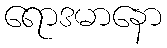
ရောဒမာနော